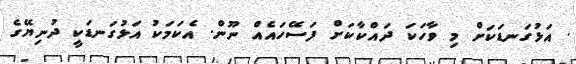
. އަޅުގަނޑަކަށް މި ވާހަކަ ދައްކާކަށް ފަސޭހައެއް ނޫން. އެކަމަކު އަޅުގަނޑަކީ ދުނިޔޭގެ